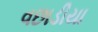
વછાડીયા